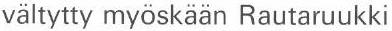
vältytty myöskään Rautaruukki